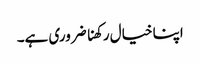
اپنا خیال رکھنا ضروری ہے۔